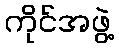
ကိုင်အဖွဲ့